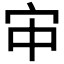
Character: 𫲹